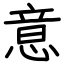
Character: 意